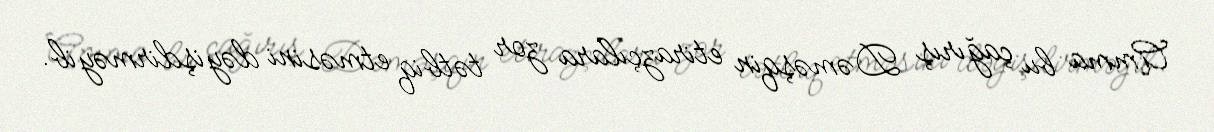
Amma bu çağırış Dəməşqin etirazçılara zor tətbiq etməsini dəyişdirməyib.